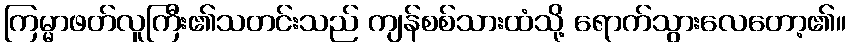
ကြမ္မာဖတ်လူကြီး၏သတင်းသည် ကျန်စစ်သားထံသို့ ရောက်သွားလေတော့၏။